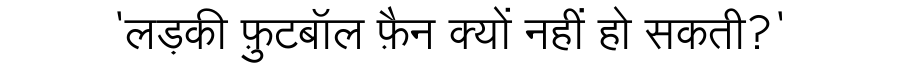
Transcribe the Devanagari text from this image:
'लड़की फ़ुटबॉल फ़ैन क्यों नहीं हो सकती?'